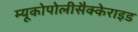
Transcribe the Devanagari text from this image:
म्यूकोपोलीसैक्केराइड